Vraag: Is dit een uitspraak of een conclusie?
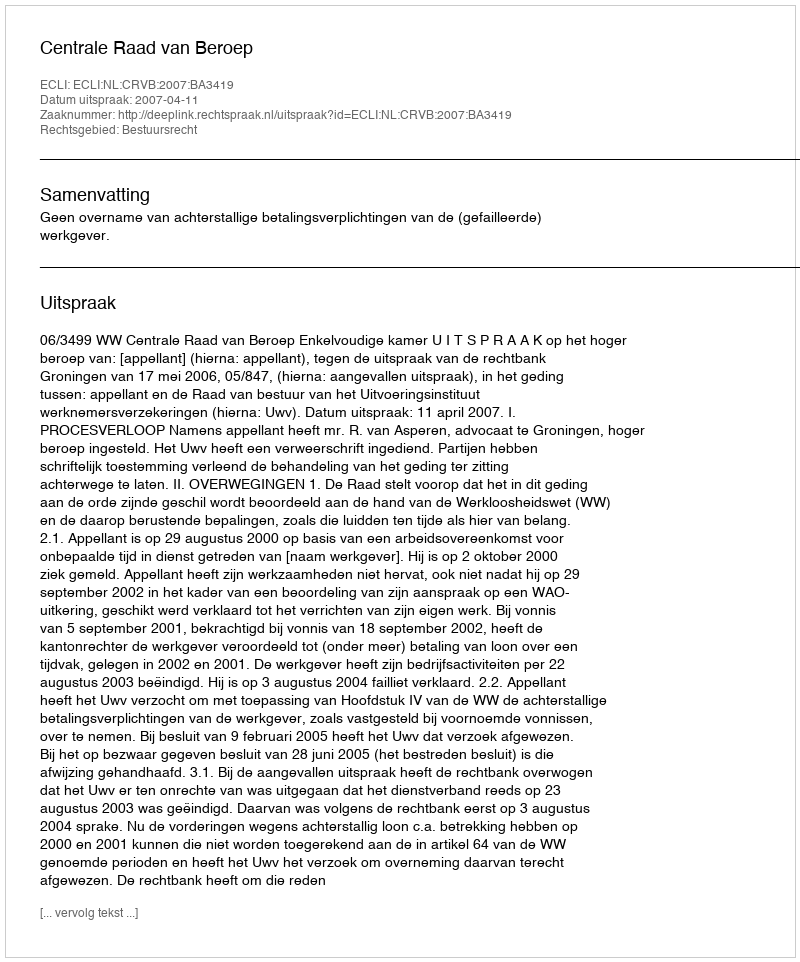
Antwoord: Uitspraak